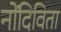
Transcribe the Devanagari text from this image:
नोंदिविता